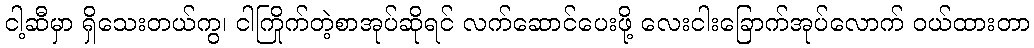
ငါ့ဆီမှာ ရှိသေးတယ်ကွ၊ ငါကြိုက်တဲ့စာအုပ်ဆိုရင် လက်ဆောင်ပေးဖို့ လေးငါးခြောက်အုပ်လောက် ဝယ်ထားတာ